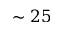
\sim 2 5